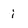
Character: i